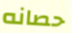
حصانه